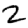
Digit: 2